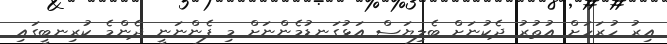
އިރު ހުރަހަށް އުތުރު ދެކުނަށް ބެލިޔަސް އަޅުގަނޑުމެންނަށް މި ފެންނަނީ ދެންމެ ކުރިނބީގައި